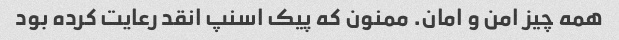
همه چیز امن و امان. ممنون که پیک اسنپ انقد رعایت کرده بود